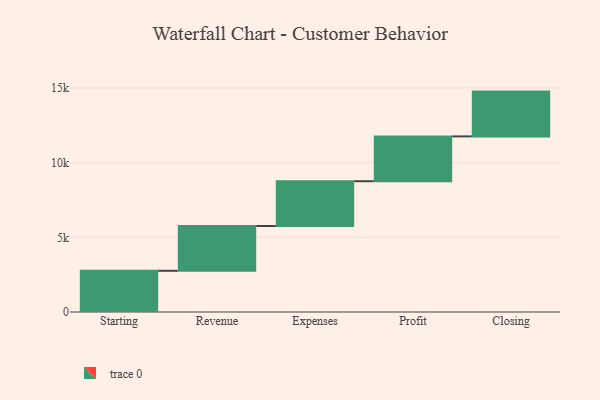
{"axis": {"x": "Step", "y": "Value"}, "legend": [""], "data": [{"x": "Starting", "y": 2759.0, "type": ""}, {"x": "Revenue", "y": 3000, "type": ""}, {"x": "Expenses", "y": 3000, "type": ""}, {"x": "Profit", "y": 3000, "type": ""}, {"x": "Closing", "y": 3000, "type": ""}]}